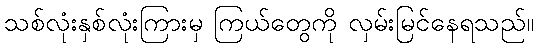
သစ်လုံးနှစ်လုံးကြားမှ ကြယ်တွေကို လှမ်းမြင်နေရသည်။